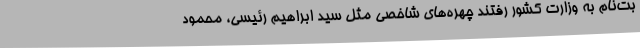
بت‌نام به وزارت کشور رفتند چهره‌های شاخصی مثل سید ابراهیم رئیسی، محمود